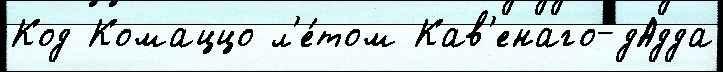
Код Комаццо л'е́том Кав'енаго-дАдда